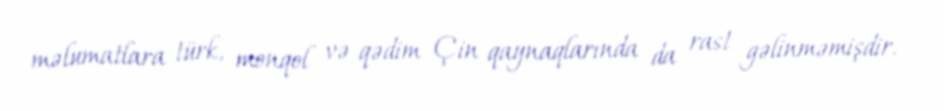
məlumatlara türk, monqol və qədim Çin qaynaqlarında da rast gəlinməmişdir.